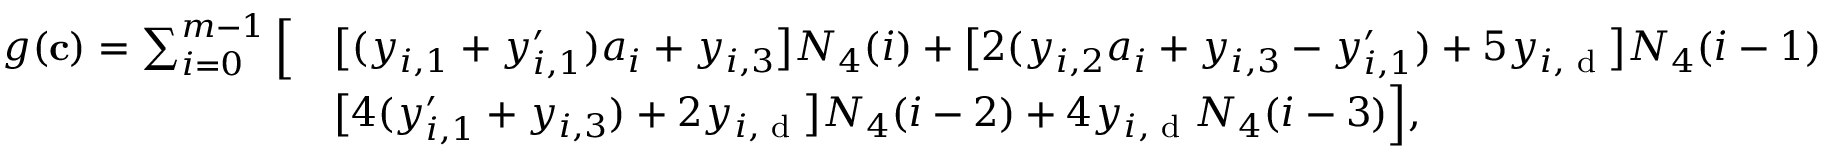
\begin{array} { r l } { g ( \mathbf { c } ) = \sum _ { i = 0 } ^ { m - 1 } \Big [ } & { \big [ ( y _ { i , 1 } + y _ { i , 1 } ^ { \prime } ) a _ { i } + y _ { i , 3 } \big ] N _ { 4 } ( i ) + \big [ 2 ( y _ { i , 2 } a _ { i } + y _ { i , 3 } - y _ { i , 1 } ^ { \prime } ) + 5 y _ { i , \textup { d } } \big ] N _ { 4 } ( i - 1 ) } \\ & { \big [ 4 ( y _ { i , 1 } ^ { \prime } + y _ { i , 3 } ) + 2 y _ { i , \textup { d } } \big ] N _ { 4 } ( i - 2 ) + 4 y _ { i , \textup { d } } N _ { 4 } ( i - 3 ) \Big ] , } \end{array}